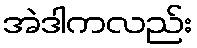
အဲဒါကလည်း